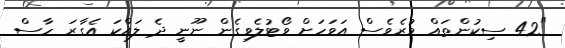
"42 ސިކުންތައް ވުރެވެސް އަވަހަށް ވޯޓުލެވިގެން ނޫނީ ދެ ލައްކަ އެގާރަ ހާސް